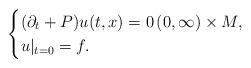
LaTeX: \begin{align*}\begin{cases}(\partial_t+P)u(t,x)=0 \, (0,\infty)\times M,\\ u|_{t=0}=f.\end{cases}\end{align*}